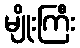
မျိုးကြီး